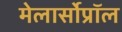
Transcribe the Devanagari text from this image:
मेलार्सोप्रॉल